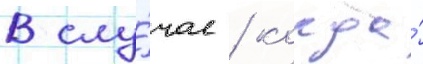
В слу́чае / когда́